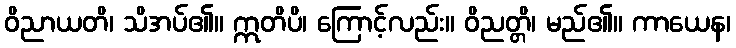
ဝိညာယတိ၊ သိအပ်၏။ ဣတိပိ၊ ကြောင့်လည်း။ ဝိညတ္တိ၊ မည်၏။ ကာယေန၊